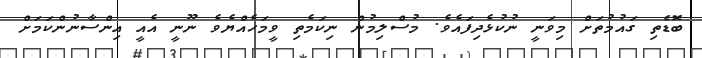
ބޮޑެތި ގައުމުތަށް މިވަނީ ނުކުޅެދިފައެވެ. މުސްލިމުން ނިކަމެތި ވީމަހެއްޔެވެ ނޫނީ އެއީ އިންސާނުންކަމަށް